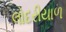
લોદરીયાળ